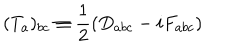
( T _ { a } ) _ { b c } \equiv \frac { 1 } { 2 } ( D _ { a b c } - i F _ { a b c } )